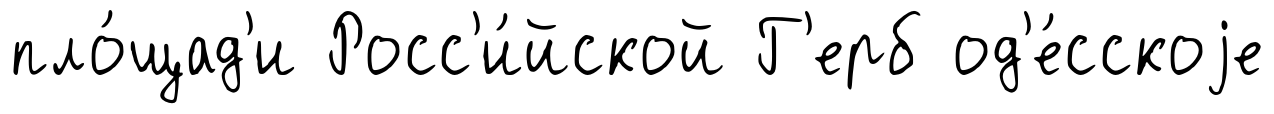
пло́щад'и Росс'и́йской Г'ерб од'е́сскоjе